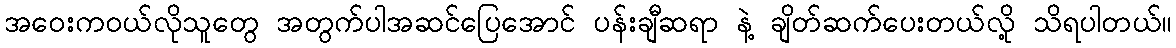
အဝေးကဝယ်လိုသူတွေ အတွက်ပါအဆင်ပြေအောင် ပန်းချီဆရာ နဲ့ ချိတ်ဆက်ပေးတယ်လို့ သိရပါတယ်။